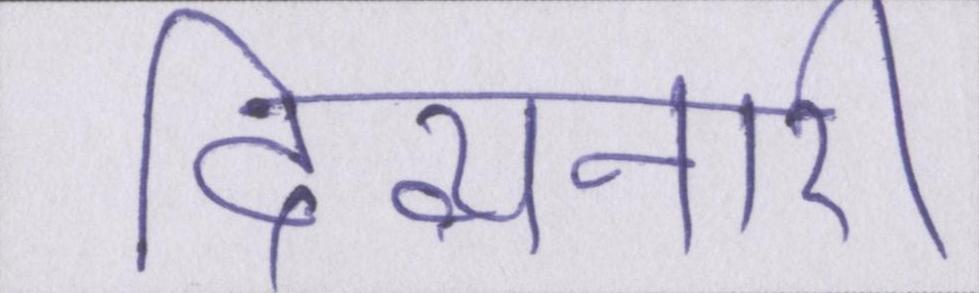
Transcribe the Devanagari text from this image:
दिव्यनारी